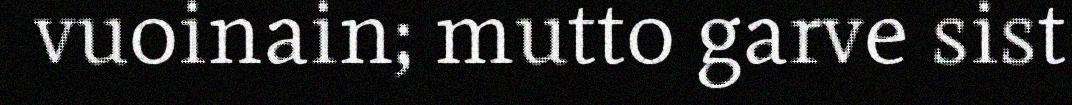
vuoinain; mutto garve sist